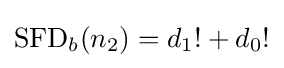
\operatorname {SFD} _{b}(n_{2})=d_{1}!+d_{0}!